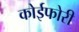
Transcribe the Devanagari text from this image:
कोईफोरी